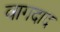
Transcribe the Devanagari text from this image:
बागदाद